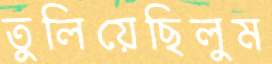
তুলিয়েছিলুম